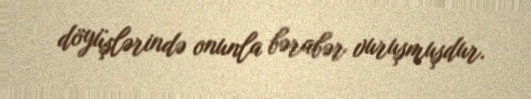
döyüşlərində onunla bərabər vuruşmuşdur.